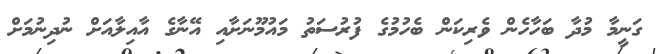
ގަނީމާ މުދާ ބަހާހެން ވެރިކަން ބެހުމުގެ ފުރުސަތު މައުމޫނަށާއި އޭނާގެ އާއިލާއަށް ނުދިނުމަށް